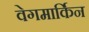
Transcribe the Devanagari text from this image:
वेगमार्किन